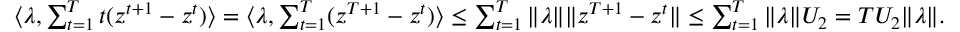
\begin{array} { r } { \langle \lambda , \sum _ { t = 1 } ^ { T } t ( z ^ { t + 1 } - z ^ { t } ) \rangle = \langle \lambda , \sum _ { t = 1 } ^ { T } ( z ^ { T + 1 } - z ^ { t } ) \rangle \leq \sum _ { t = 1 } ^ { T } \| \lambda \| \| z ^ { T + 1 } - z ^ { t } \| \leq \sum _ { t = 1 } ^ { T } \| \lambda \| U _ { 2 } = T U _ { 2 } \| \lambda \| . } \end{array}